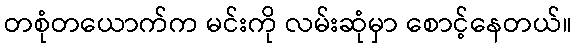
တစုံတယောက်က မင်းကို လမ်းဆုံမှာ စောင့်နေတယ်။